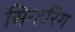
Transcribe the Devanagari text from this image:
सिन्टरिंग